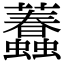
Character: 𧕷